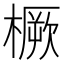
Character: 橛